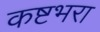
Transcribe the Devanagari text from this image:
कष्टभरा